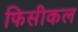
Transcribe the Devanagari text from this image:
फिसीकल